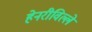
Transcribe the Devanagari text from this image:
हेनरीविल्ले